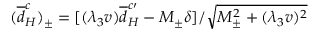
( { \overline { { { d } } } } _ { H } ^ { c } ) _ { \pm } = [ ( { \lambda _ { 3 } } v ) { \overline { { { d } } } } _ { H } ^ { c \prime } - M _ { \pm } { \delta } ] / { \sqrt { M _ { \pm } ^ { 2 } + ( { \lambda _ { 3 } } v ) ^ { 2 } } }